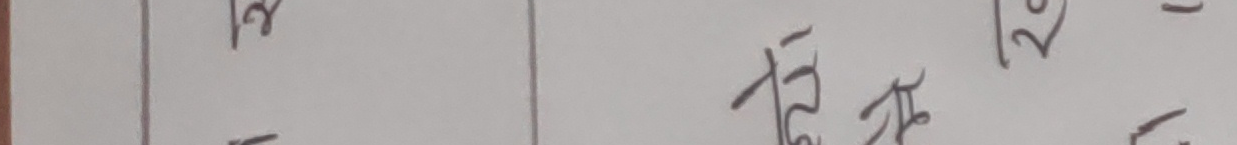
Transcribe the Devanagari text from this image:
१२ बजे